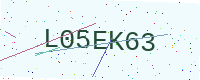
Text: L05EK63